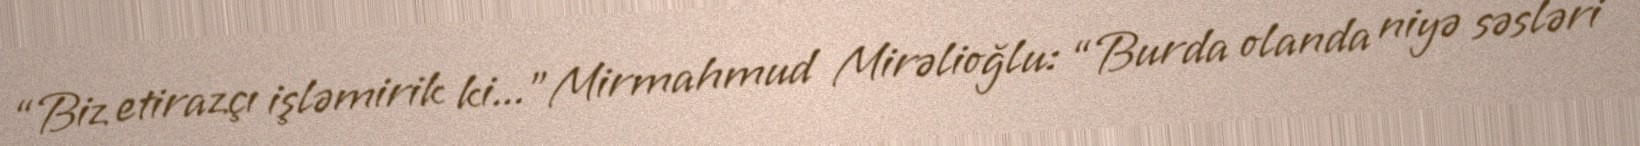
“Biz etirazçı işləmirik ki...”Mirmahmud Mirəlioğlu: “Burda olanda niyə səsləri